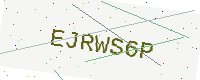
Text: EJRWS6P